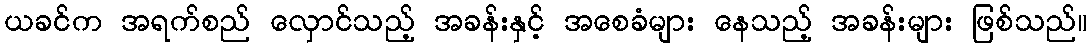
ယခင်က အရက်စည် လှောင်သည့် အခန်းနှင့် အစေခံများ နေသည့် အခန်းများ ဖြစ်သည်။